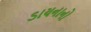
ડાયનાનો